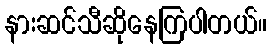
နားဆင်သီဆိုနေကြပါတယ်။